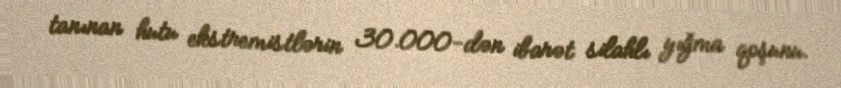
tanınan hutu ekstremistlərin 30.000-dən ibarət silahlı yığma qoşunu.